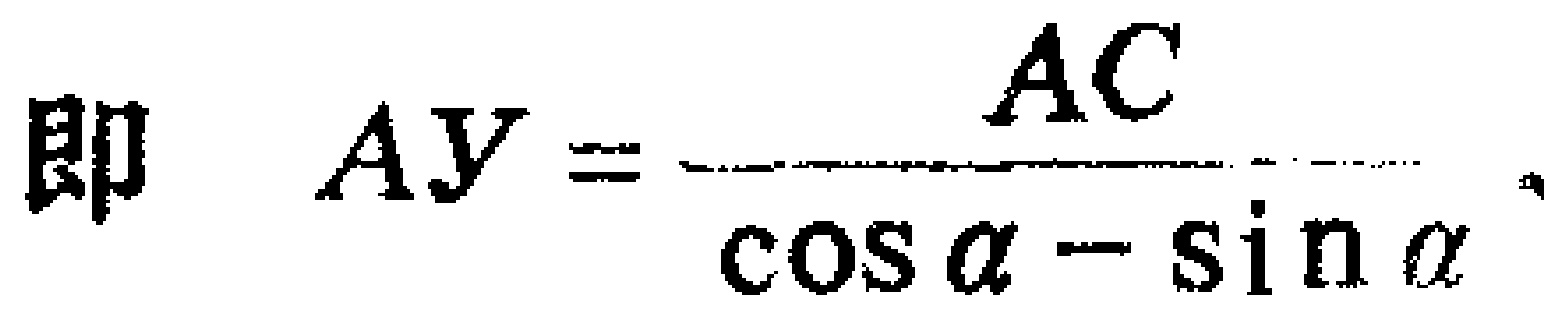
即 \(AY = \frac{AC}{\cos \alpha - \sin \alpha}\) 。